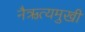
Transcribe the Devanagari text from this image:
नैऋत्यमुखी